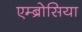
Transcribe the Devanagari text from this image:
एम्ब्रोसिया